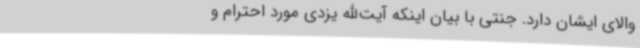
والای ایشان دارد. جنتی با بیان اینکه آیت‌الله یزدی مورد احترام و